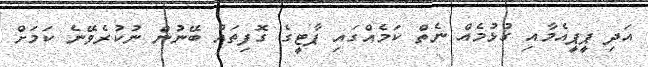
އަދި ޕީޕީއެމާއި ގުޅުމެއް ނެތް ކަމެއްގައި ޕާޓީގެ ގޮފިތައް ބޭނުން ނުކުރެވޭނެ ކަމަށް